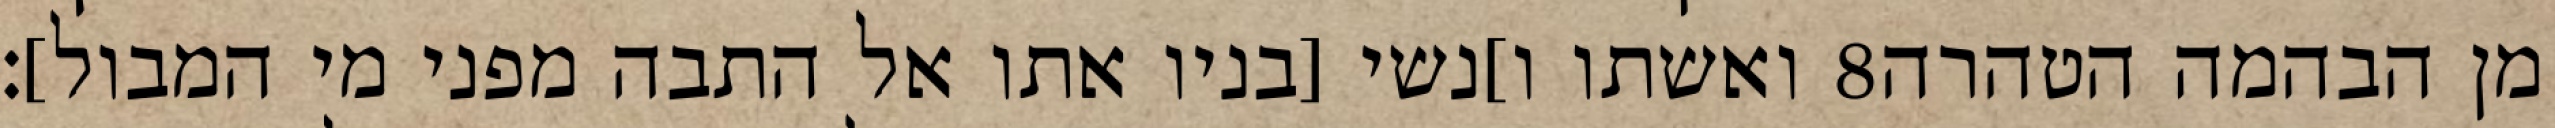
ואשתו ו]נשי [בניו אתו אל התבה מפני מי המבול]׃ ‎8‏ מן הבהמה הטהרה